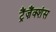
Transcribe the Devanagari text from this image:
ट्रैंज़ैंक्शंस